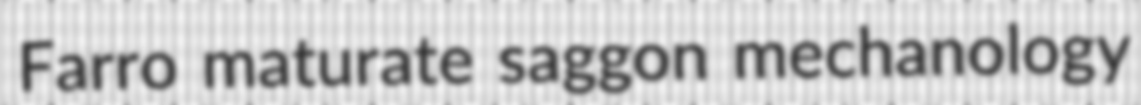
Farro maturate saggon mechanology